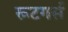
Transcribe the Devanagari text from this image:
रूटगर्स